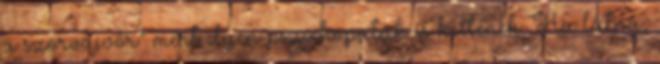
a szörvájvőr" mert ilyen pszichopaták is kellenek. Ha látná,